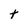
Character: t